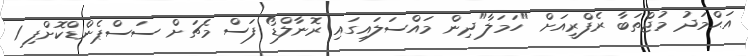
އަޙްމަދު މުޖްތަބާ ރެފްރީއަށް "ހަމަލާ"ދިން މައްސަލައިގައި ރޮނާލްޑޯ ފަސް މެޗަށް ސަސްޕެންޑްކޮށްފި 1